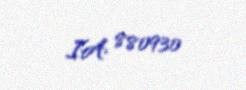
IA 880930